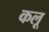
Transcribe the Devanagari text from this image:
कलू